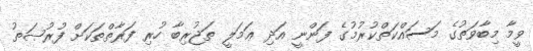
ވީމާ މިބާވަތުގެ މަސައްކަތްކުރުމުގެ ފަންނީ އަދި ޢަމަލީ ތަޖުރިބާ ހުރި ފަރާތްތަކަށް ފުރުޞަތު